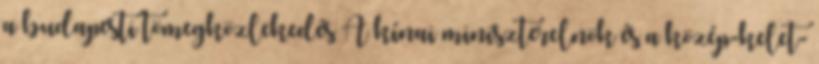
a budapesti tömegközlekedés A kínai miniszterelnök és a közép-kelet-